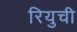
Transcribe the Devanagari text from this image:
रियुची